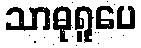
သာဓုရူပေ